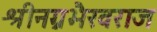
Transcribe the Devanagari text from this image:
श्रीनग्नभैरवराज